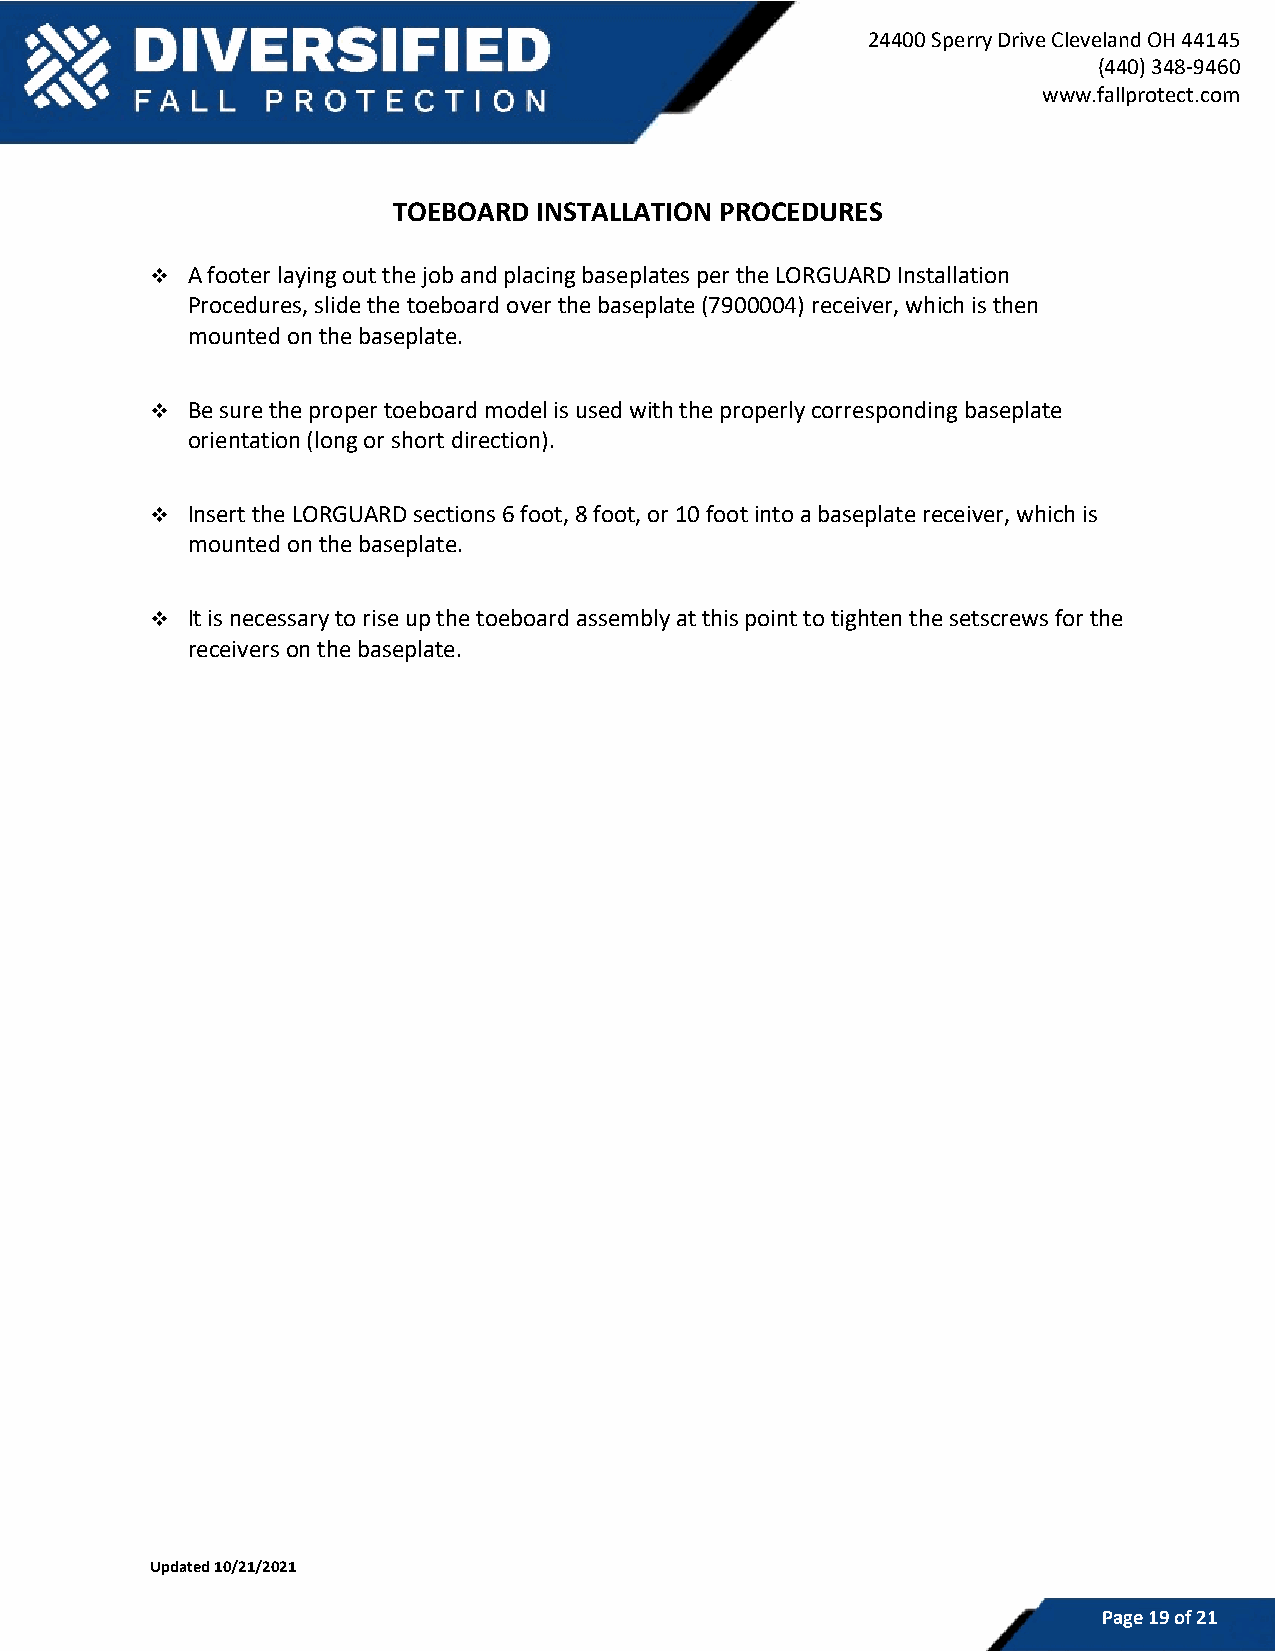
24400 Sperry Drive Cleveland OH 44145
 (440) 348-9460
 www.fallprotect.com
 TOEBOARD  INSTALLATION PROCEDURES
 ❖ A footer laying out the job and placing baseplates per the LORGUARD Installation
 Procedures, slide the toeboard over the baseplate (7900004) receiver, which is then
 mounted on the baseplate.
 ❖ Be sure the proper toeboard model is used with the properly corresponding baseplate
 orientation (long or short direction).
 ❖ Insert the LORGUARD sections 6 foot, 8 foot, or 10 foot into a baseplate receiver, which is
 mounted on the baseplate.
 ❖ It is necessary to rise up the toeboard assembly at this point to tighten the setscrews for the
 receivers on the baseplate.
 Updated 10/21/2021
 Page 19 of 21